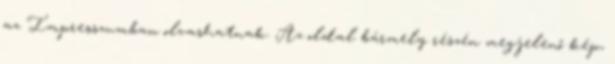
az Impresszumban olvashatnak. Az oldal bármely részén megjelenő kép,